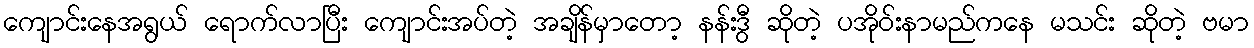
ကျောင်းနေအရွယ် ရောက်လာပြီး ကျောင်းအပ်တဲ့ အချိန်မှာတော့ နန်းဒွီ ဆိုတဲ့ ပအိုဝ်းနာမည်ကနေ မသင်း ဆိုတဲ့ ဗမာ